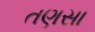
તણસા